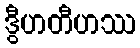
ဒွီဟတီဟဿ